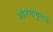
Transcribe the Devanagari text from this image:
औरनोमुराके